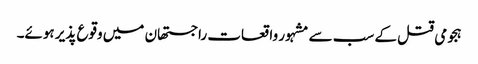
ہجومی قتل کے سب سے مشہور واقعات راجستھان میں وقوع پذیر ہوئے۔